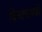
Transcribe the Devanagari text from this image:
विघटनामध्ये